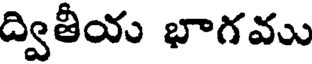
ద్వితీయ భాగము